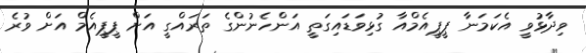
ވިދާޅުވީ އެކަމަނާ ޕީޕީއެމްއާ ގުޅިވަޑައިގަތީ އަންހެނުންގެ ތަރައްގީ އަށް ޕީޕީއެމް އަށް ވުރެ